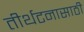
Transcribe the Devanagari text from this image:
तीर्थटनासाठी